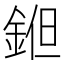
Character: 𨧝